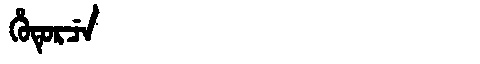
Manchu: ᡥᡠᡨᡠᡵᠴᡝ
Romanization: HUTURCE